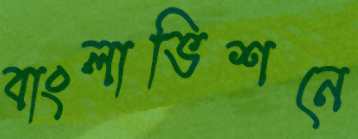
বাংলাভিশনে